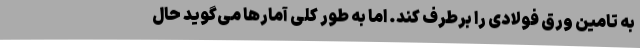
به تامین ورق فولادی را برطرف کند. اما به طور کلی آمارها می‌گوید حال